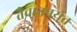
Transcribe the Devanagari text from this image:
तैवानपर्यंत